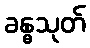
ခန္ဓသုတ်